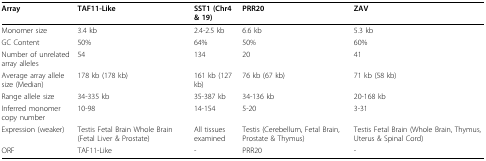
| Array | TAF11-Like | SST1 (Chr4 & 19) | PRR20 | ZAV |
 | --- | --- | --- | --- | --- |
 | Monomer size | 3.4 kb | 2.4-2.5 kb | 6.6 kb | 5.3 kb |
 | GC Content | 50% | 64% | 50% | 60% |
 | Number of unrelated array alleles | 54 | 134 | 20 | 41 |
 | Average array allele size (Median) | 178 kb (178 kb) | 161 kb (127 kb) | 76 kb (67 kb) | 71 kb (58 kb) |
 | Range allele size | 34-335 kb | 35-387 kb | 34-136 kb | 20-168 kb |
 | Inferred monomer copy number | 10-98 | 14-154 | 5-20 | 3-31 |
 | Expression (weaker) | Testis Fetal Brain Whole Brain (Fetal Liver & Prostate) | All tissues examined | Testis (Cerebellum, Fetal Brain, Prostate & Thymus) | Testis Fetal Brain (Whole Brain, Thymus, Uterus & Spinal Cord) |
 | ORF | TAF11-Like | - | PRR20 | - |